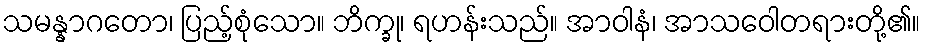
သမန္နာဂတော၊ ပြည့်စုံသော။ ဘိက္ခု၊ ရဟန်းသည်။ အာဝါနံ၊ အာသဝေါတရားတို့၏။